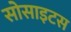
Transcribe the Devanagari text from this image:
सोसाइटस